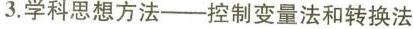
3.学科思想方法—控制变量法和转换法